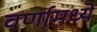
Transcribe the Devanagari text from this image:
वर्णामध्ये